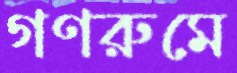
গণরুমে